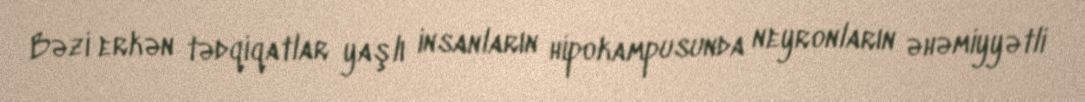
Bəzi erkən tədqiqatlar yaşlı insanların hipokampusunda neyronların əhəmiyyətli